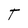
Character: t